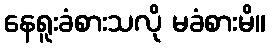
နေရူးခံစားသလို မခံစားမိ။